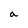
Character: a